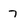
Character: 7